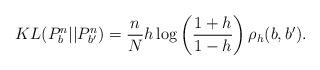
LaTeX: \begin{align*}KL(P_b^n||P_{b'}^n) = \frac{n}{N}h\log\left(\frac{1 + h}{1 - h}\right)\rho_h(b, b').\end{align*}